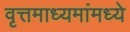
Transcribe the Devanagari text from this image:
वृत्तमाध्यमांमध्ये